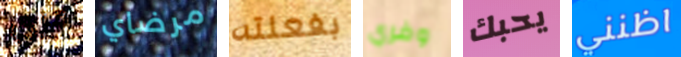
حري مرضاي بفعلته وفري يحبك اظنني